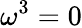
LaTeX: \omega^{3}=0